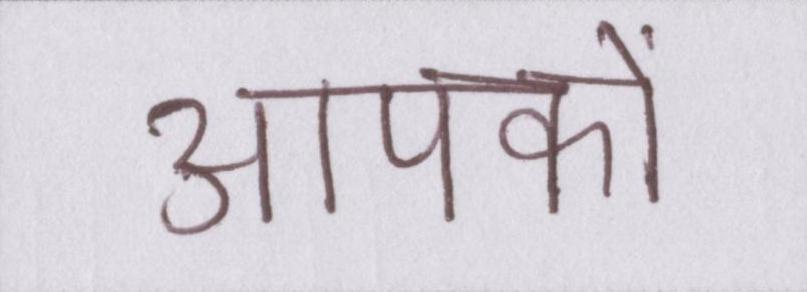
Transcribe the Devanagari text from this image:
आपकों